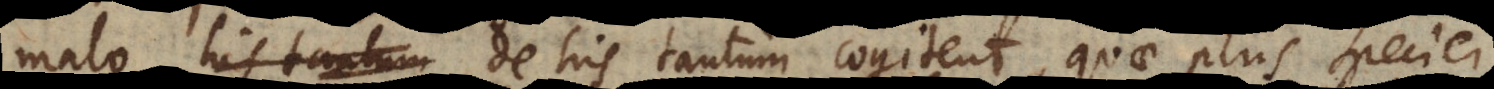
malo de his tantum cogitent, quae plus speciei